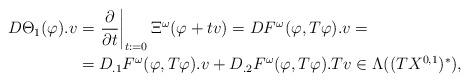
LaTeX: \begin{align*}D\Theta_1(\varphi).v&=\left.\frac{\partial}{\partial t}\right|_{t:=0}\Xi^{\omega}(\varphi+tv)=DF^{\omega}(\varphi,T\varphi).v=\\&=D_{.1} F^{\omega}(\varphi,T\varphi).v+D_{.2} F^{\omega}(\varphi,T\varphi).Tv\in\Lambda((TX^{0,1})^*),\end{align*}